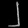
Digit: ၂